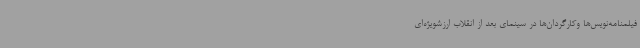
فیلمنامه‌نویس‌ها وکارگردان‌ها در سینمای بعد از انقلاب ارزشویژه‌ای